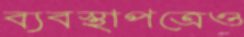
ব্যবস্থাপত্রেও